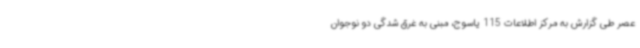
عصر طی گزارش به مرکز اطلاعات 115 یاسوج، مبنی به غرق شدگی دو نوجوان